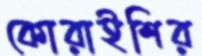
কোরাইশির